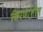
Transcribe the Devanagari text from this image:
किरणांतील